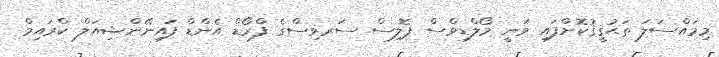
މިމައްސަލަ ތަޙުޤީޤުކޮށްފައި ވަނީ މޯލްޑިވްސް ޕޮލިސް ސަރވިސްގެ ފްރޯޑް އެންޑް ފައިނޭންޝިއަލް ކްރައިމްް